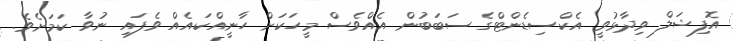
އޮފިޝަލް ވިދާޅުވީ އެކްސިޑެންޓްގެ ސަބަބުން އެއްވެސް މީހަކަށް ހާނީއްކައެއް ވެފައި ނުވާ ކަމަށެވެ.